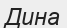
Дина